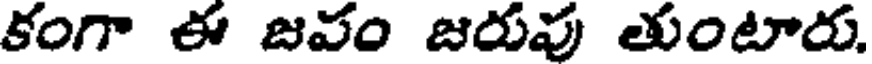
కంగా ఈ జవం జరువు తుంటారు.